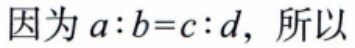
因为 \(a:b = c:d\)，所以